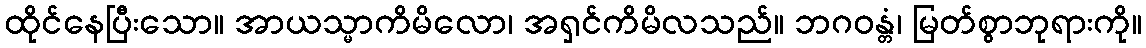
ထိုင်နေပြီးသော။ အာယသ္မာကိမိလော၊ အရှင်ကိမိလသည်။ ဘဂဝန္တံ၊ မြတ်စွာဘုရားကို။